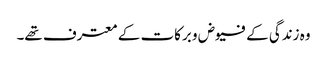
وہ زندگی کے فیوض و برکات کے معترف تھے۔